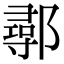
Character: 鄩